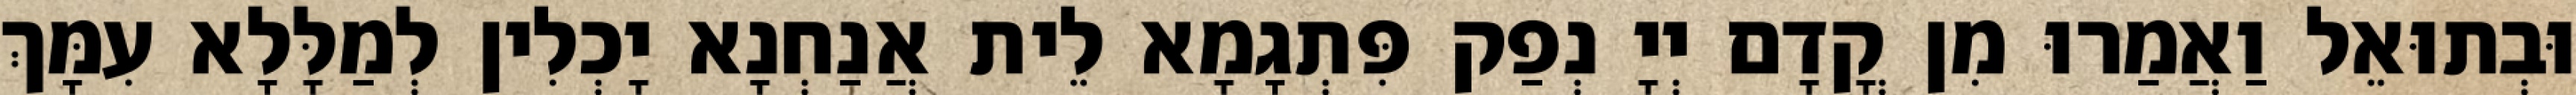
וּבְתוּאֵל וַאֲמַרוּ מִן קֳדָם יְיָ נְפַק פִּתְגָמָא לֵית אֲנַחְנָא יָכְלִין לְמַלָּלָא עִמָּךְ